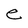
Character: e